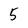
Character: 5